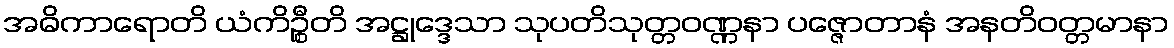
အဓိကာရောတိ ယံကိဉ္စီတိ အဋ္ဌုဒ္ဒေသာ သုပတိသုတ္တဝဏ္ဏနာ ပဇ္ဇောတာနံ အနတိဝတ္တမာနာ